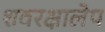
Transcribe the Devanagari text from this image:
शवरक्षालेप